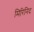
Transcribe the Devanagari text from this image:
मिरिनिद